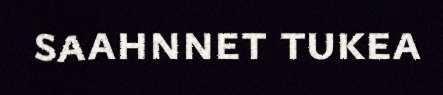
saahnnet tukea